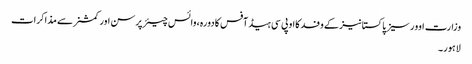
وزارت اوورسیزپاکستانیز کے وفد کااو پی سی ہیڈ آفس کادورہ، وائس چیئرپرسن اور کمشنر سے مذاکرات
لاہور۔